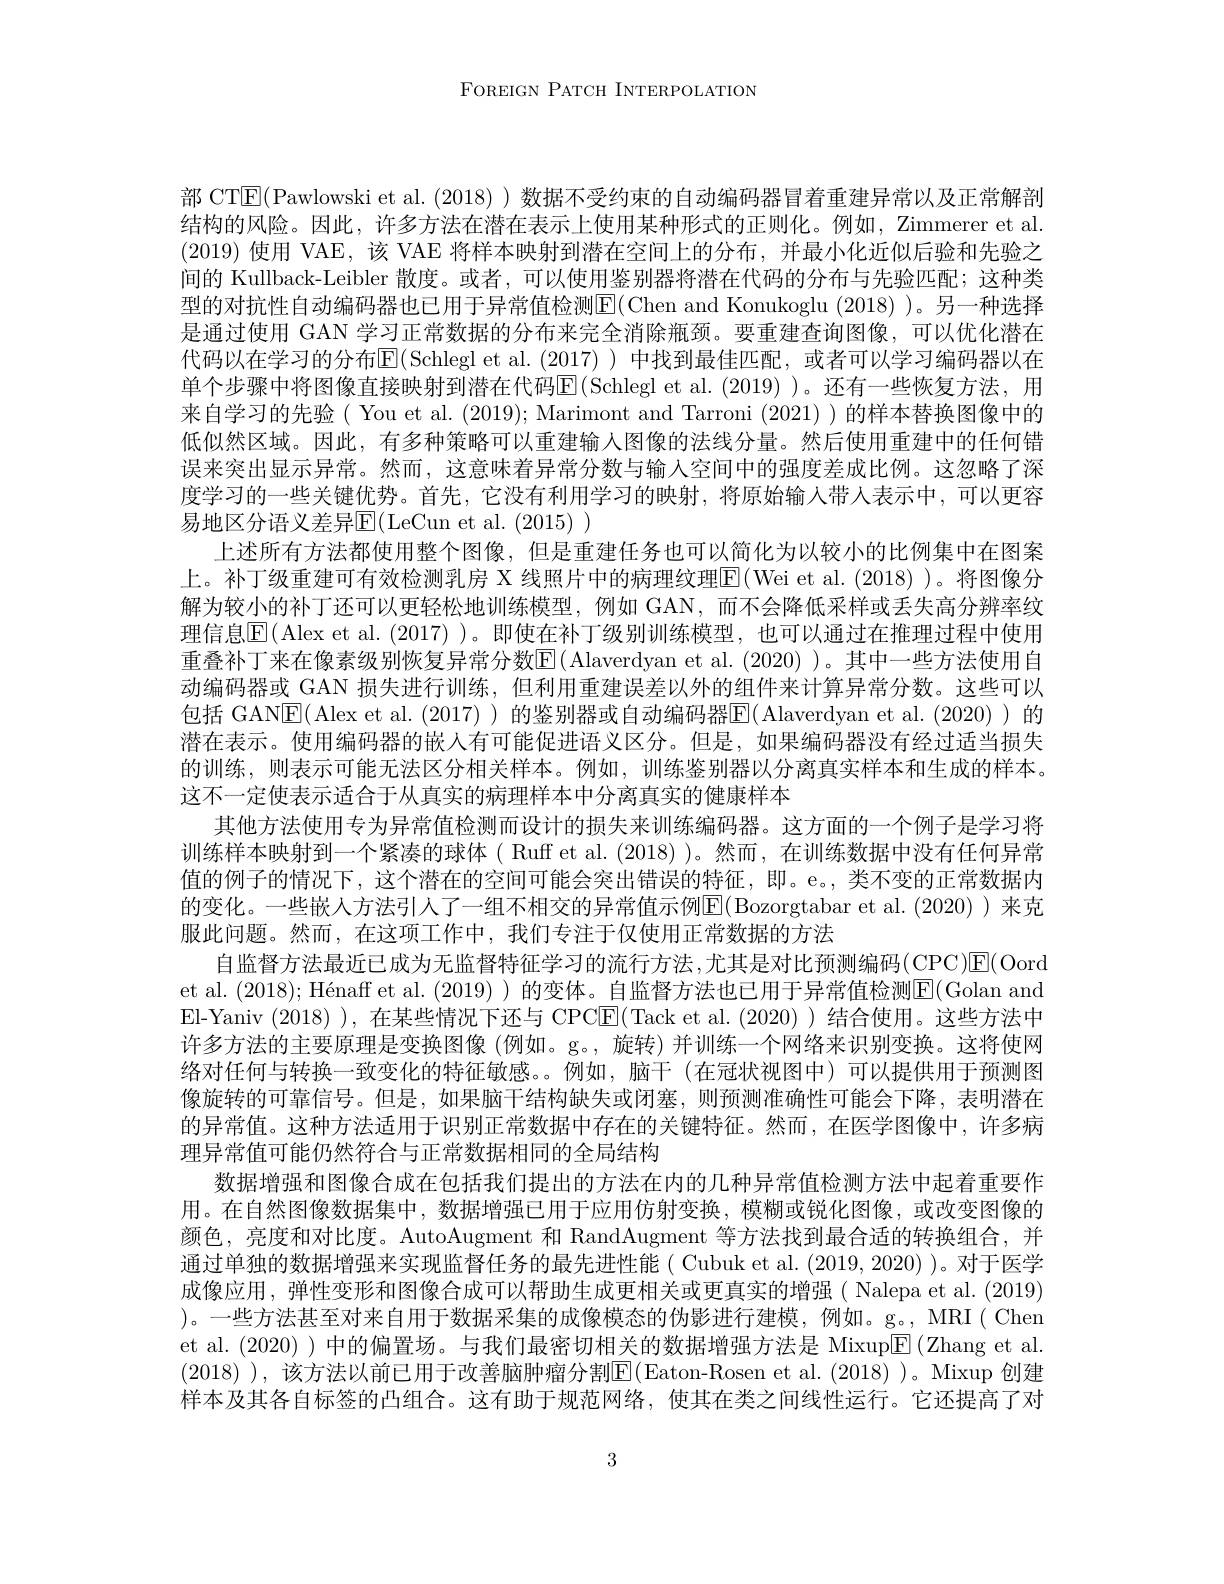
FOREIGN PATCH INTERPOLATION

部 CT$|\mathbb{F}|($Pawlowski et al. (2018) )数据不受约束的自动编码器冒着重建异常以及正常解剖结构的风险。因此，许多方法在潜在表示上使用某种形式的正则化。例如，Zimmerer et al. (2019)使用 VAE,该 VAE 将样本映射到潜在空间上的分布，并最小化近似后验和先验之间的 Kullback-Leibler 散度。或者，可以使用鉴别器将潜在代码的分布与先验匹配；这种类型的对抗性自动编码器也已用于异常值检测E$( Chen and Konukoglu ( 2018) )$。另一种选择是通过使用 GAN 学习正常数据的分布来完全消除瓶颈。要重建查询图像，可以优化潜在代码以在学习的分布$\overline{\mathbb{E}}($Schlegl et al.(2017)) 中找到最佳匹配，或者可以学习编码器以在单个步骤中将图像直接映射到潜在代码$\operatorname{E}(\operatorname{Schlegl~et~al.~(2019)}$)。还有一些恢复方法，用来自学习的先验( You et al. (2019); Marimont and Tarroni (2021) )的样本替换图像中的低似然区域。因此，有多种策略可以重建输入图像的法线分量。然后使用重建中的任何错误来突出显示异常。然而，这意味着异常分数与输入空间中的强度差成比例。这忽略了深度学习的一些关键优势。首先，它没有利用学习的映射，将原始输入带人表示中，可以更容易地区分语义差异E[(LeCun et al. (2015))
上述所有方法都使用整个图像，但是重建任务也可以简化为以较小的比例集中在图案上。补丁级重建可有效检测乳房 X 线照片中的病理纹理$\boxed{\mathrm{E}}($Wei et al. (2018) )。将图像分解为较小的补丁还可以更轻松地训练模型，例如 GAN,而不会降低采样或丢失高分辨率纹理信息$\overline{\mathrm{E}}($Alex et al.(2017))。即使在补丁级别训练模型，也可以通过在推理过程中使用重叠补丁来在像素级别恢复异常分数$\operatorname{E}($Alaverdyan et al.(2020) )。其中一些方法使用自动编码器或 GAN 损失进行训练，但利用重建误差以外的组件来计算异常分数。这些可以包括 GAN$\overline{\mathrm{E}}($Alex et al. (2017)) 的鉴别器或自动编码器$\overline{\mathrm{E}}($Alaverdyan et al.(2020))的潜在表示。使用编码器的嵌人有可能促进语义区分。但是，如果编码器没有经过适当损失的训练，则表示可能无法区分相关样本。例如，训练鉴别器以分离真实样本和生成的样本。这不一定使表示适合于从真实的病理样本中分离真实的健康样本
其他方法使用专为异常值检测而设计的损失来训练编码器。这方面的一个例子是学习将训练样本映射到一个紧凑的球体( Ruff et al. (2018) )。然而，在训练数据中没有任何异常值的例子的情况下，这个潜在的空间可能会突出错误的特征，即。e。,类不变的正常数据内的变化。一些嵌人方法引入了一组不相交的异常值示例E(Bozorgtabar et al.(2020))来克服此问题。然而，在这项工作中，我们专注于仅使用正常数据的方法
自监督方法最近已成为无监督特征学习的流行方法，尤其是对比预测编码(CPC)[E(Oord et al. $( 2018) ; \text{H\' {e}naffetal. ( 2019) ) 的 变 体 。自 监 督 方 法 也 已 用 于 异 常 值 检 测 E( Golan and}$ El-Yaniv (2018) ),在某些情况下还与 CPC$\overline{\mathrm{E}}($Tack et al.(2020))结合使用。这些方法中许多方法的主要原理是变换图像 (例如。g。, 旋转) 并训练一个网络来识别变换。这将使网络对任何与转换一致变化的特征敏感。。例如，脑干(在冠状视图中)可以提供用于预测图像旋转的可靠信号。但是，如果脑干结构缺失或闭塞，则预测准确性可能会下降，表明潜在的异常值。这种方法适用于识别正常数据中存在的关键特征。然而，在医学图像中，许多病理异常值可能仍然符合与正常数据相同的全局结构
数据增强和图像合成在包括我们提出的方法在内的几种异常值检测方法中起着重要作用。在自然图像数据集中，数据增强已用于应用仿射变换，模糊或锐化图像，或改变图像的颜色，亮度和对比度。AutoAugment 和 RandAugment 等方法找到最合适的转换组合，并通过单独的数据增强来实现监督任务的最先进性能( Cubuk et al. (2019,2020) )。对于医学成像应用，弹性变形和图像合成可以帮助生成更相关或更真实的增强( Nalepa et al.(2019) )。一些方法甚至对来自用于数据采集的成像模态的伪影进行建模，例如。g。,MRI( Chen et al.(2020) )中的偏置场。与我们最密切相关的数据增强方法是 Mixup$\overline{\mathrm{E}}\left(\text{Zhang et al.}\right)$ 样本及其各自标签的凸组合。这有助于规范网络，使其在类之间线性运行。它还提高了对

3